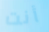
أنت